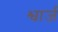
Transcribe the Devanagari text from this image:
श्वार्ज